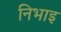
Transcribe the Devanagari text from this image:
निभाइ